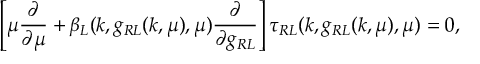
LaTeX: \left[ \mu \frac { \partial } { \partial \mu } + \beta _ { L } ( k , g _ { R L } ( k , \mu ) , \mu ) \frac { \partial } { \partial g _ { R L } } \right] \tau _ { R L } ( k , g _ { R L } ( k , \mu ) , \mu ) = 0 ,